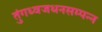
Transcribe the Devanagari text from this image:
तुंगध्वजधनसम्पन्न